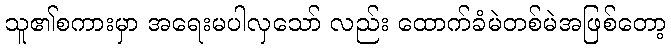
သူ၏စကားမှာ အရေးမပါလှသော် လည်း ထောက်ခံမဲတစ်မဲအဖြစ်တော့